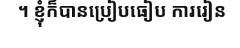
។ ខ្ញុំក៏បានប្រៀបធៀប ការរៀន